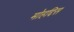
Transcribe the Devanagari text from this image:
मोहद्दिस